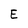
Character: E